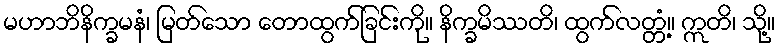
မဟာဘိနိက္ခမနံ၊ မြတ်သော တောထွက်ခြင်းကို။ နိက္ခမိဿတိ၊ ထွက်လတ္တံ့။ ဣတိ၊ သို့။